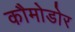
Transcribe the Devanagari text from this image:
कौमोडोर